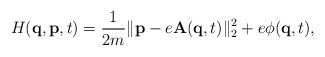
LaTeX: \begin{align*}H(\textbf{q},\textbf{p},t)=\frac{1}{2 m} \| \textbf{p}-e \textbf{A}(\textbf{q},t) \|_2^2 + e \phi(\textbf{q},t),\end{align*}